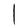
Character: l